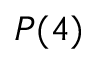
P ( 4 )